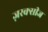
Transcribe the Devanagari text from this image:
ज़रक्सीज